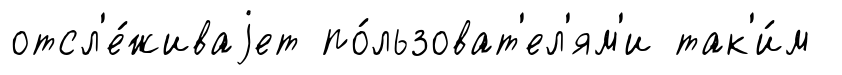
отсл'е́живаjет по́льзоват'ел'ям'и так'и́м